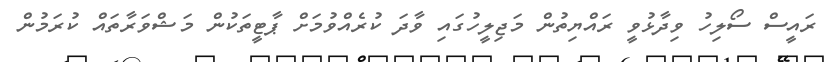
ރައީސް ސޯލިހު ވިދާޅުވީ ރައްޔިތުން މަޖިލީހުގައި ވާދަ ކުރެއްވުމަށް ޕާޓީތަކުން މަޝްވަރާތައް ކުރަމުން